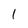
Character: 1